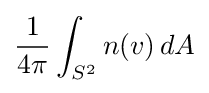
{\frac {1}{4\pi }}\int _{S^{2}}n(v)\,dA